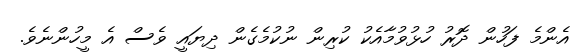
އެންމެ ފަހުން ދޮރު ހުޅުވުމާއެކު ކުރިން ނުކުމެގެން ދިޔައީ ވެސް އެ މީހުންނެވެ.